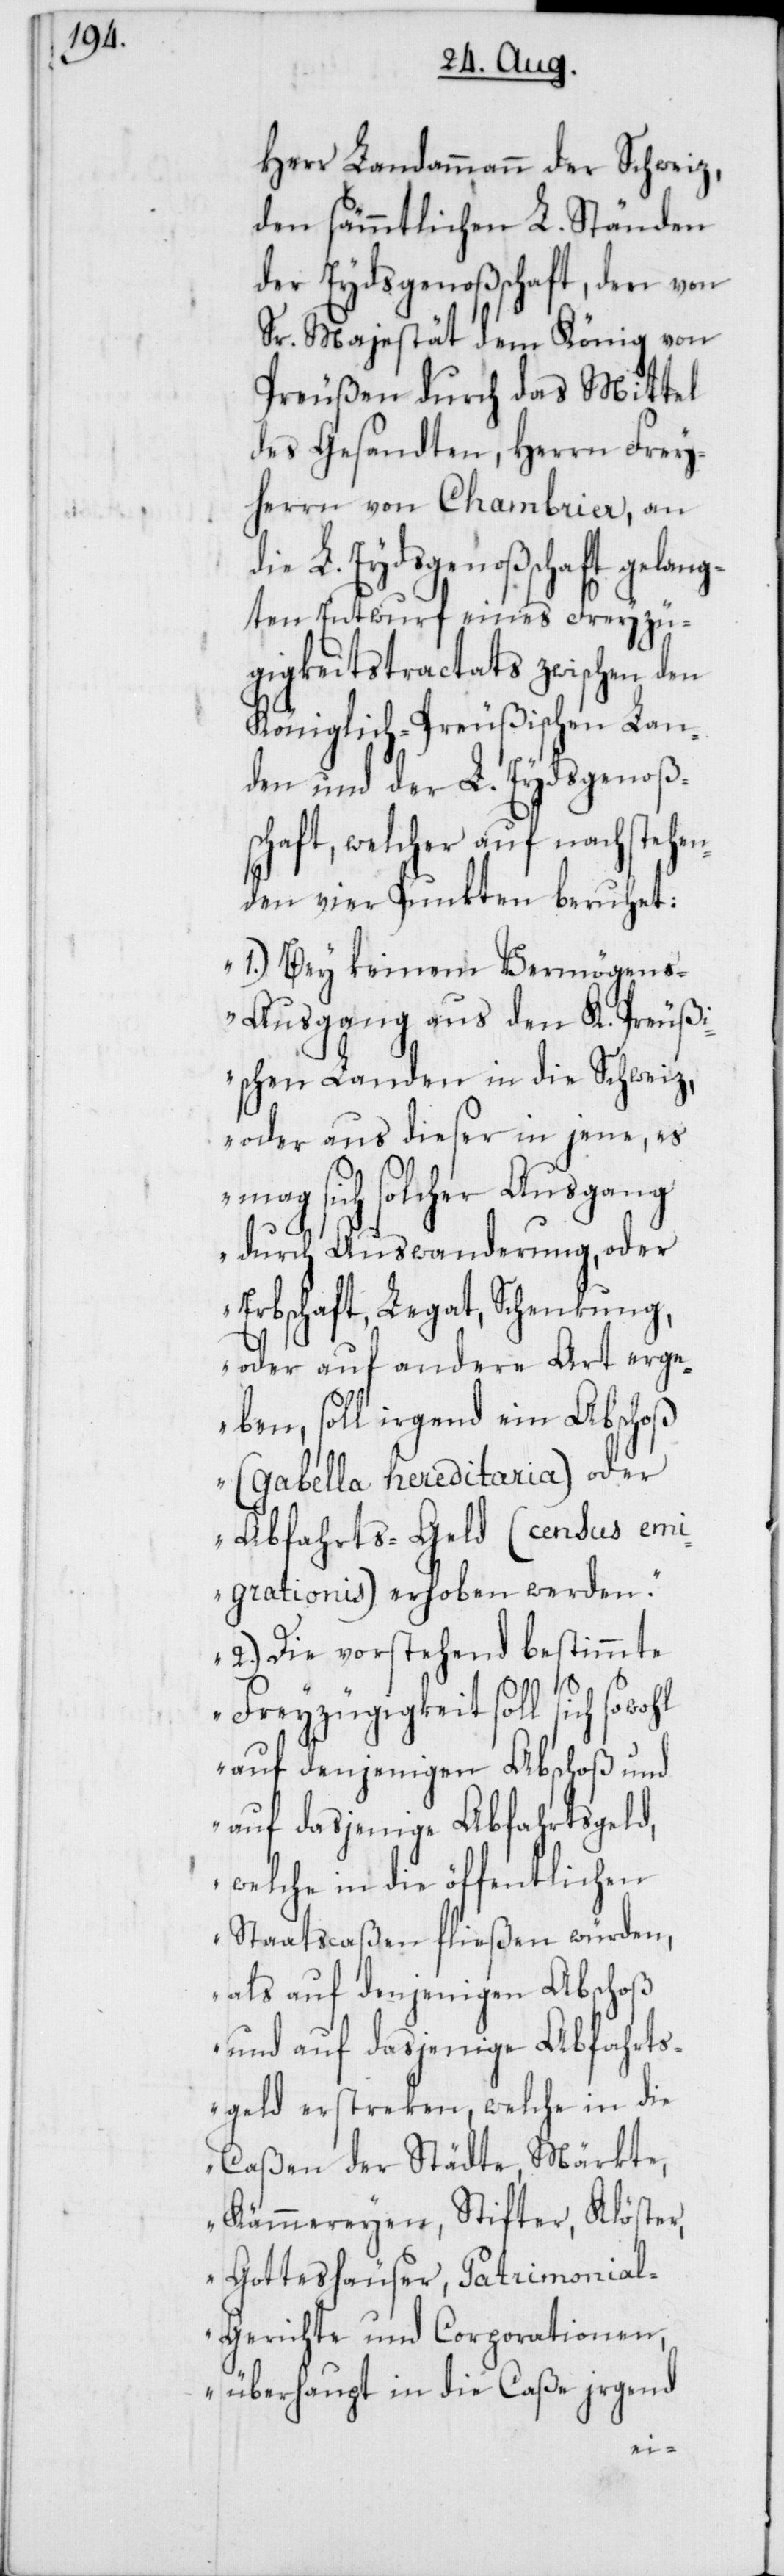
Herr Landammann der Schweiz,
den sämmtlichen L. Ständen
der Eydsgenoßenschaft, den von
Sr. Majestät dem König von
Preußen durch das Mittel
des Gesandten, Herrn Frey¬
herrn von Chambrier, an
die L. Eydsgenoßenschaft gelang¬
ten Entwurf eines Freyzü¬
gigkeitstractats zwischen den
Königlich-Preußischen Lan¬
den und der L. Eydsgenoßen¬
schaft, welcher auf nachstehen¬
den vier Punkten beruhet:
1.) Bey keinem Vermögen¬
s-Ausgang aus den K.-Preußi¬
schen Landen in die Schweiz,
oder aus dieser in jene, es
mag sich solcher Ausgang
durch Auswanderung, oder
Erbschaft, Legat, Schenkung,
oder auf andere Art erge¬
ben, soll irgend ein Abschoß
(Gabella hereditaria) oder
Abfahrts-Geld (census emi¬
grationis) erhoben werden.
2.) Die vorstehend bestimmte
Freyzügigkeit soll sich sowohl
auf denjenigen Abschoß und
auf dasjenige Abfahrtsgeld,
welche in die öffentlichen
Staatscaßen fließen würden,
als auf denjenigen Abschoß
und auf dasjenige Abfahrts¬
geld erstreken, welche in die
Caßen der Städte, Märkte,
Kämmereyen, Stifter, Klöster,
Gotteshäuser, Patrimonia¬
l-Gerichte und Corporationen,
überhaupt in die Caße irgend